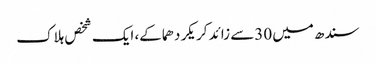
سندھ میں 30سے زائد کریکر دھماکے، ایک شخص ہلاک